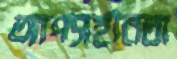
আপসহীনতা